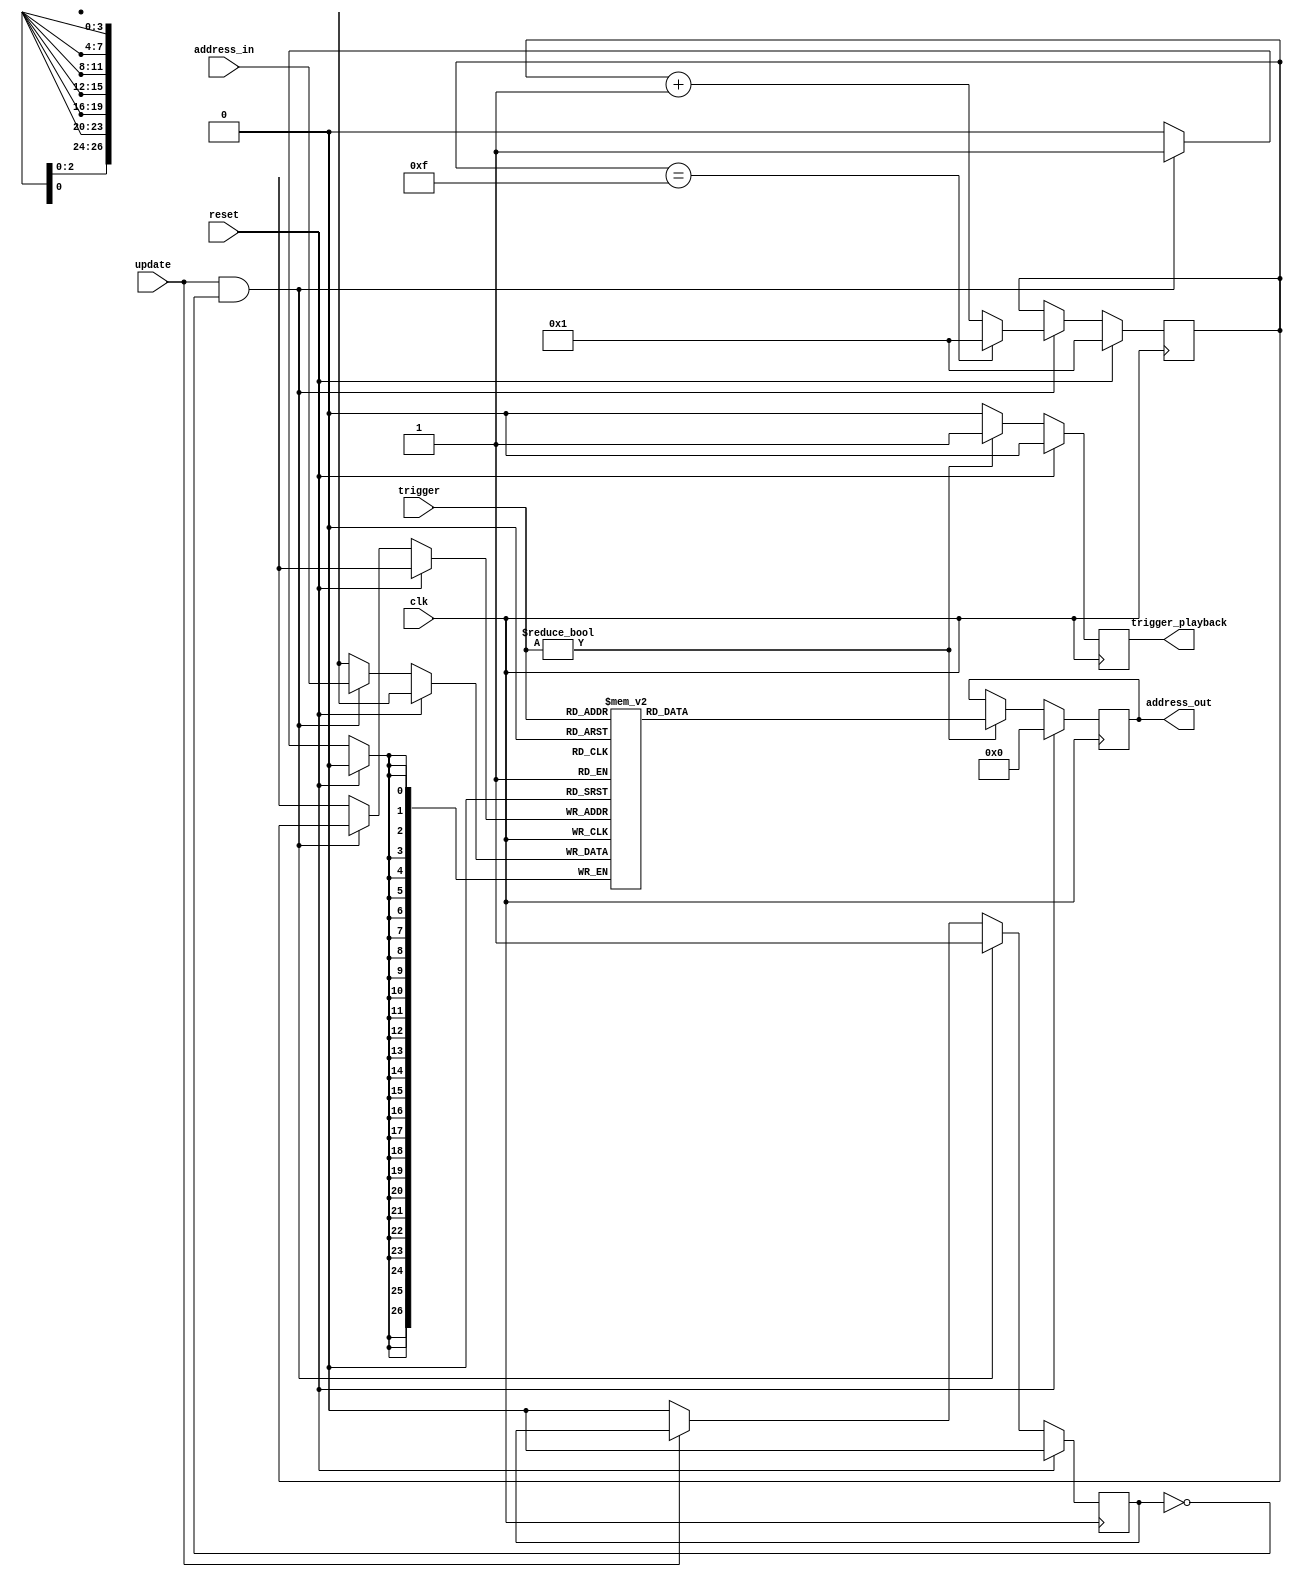
`timescale 1ns / 1ps
`default_nettype none
//////////////////////////////////////////////////////////////////////////////////
// Company: 6.111
// 
// Design Name: 
// Module Name: samplectl
// Project Name: 
// Target Devices: 
// Tool Versions: 
// Description: Translate sample triggers from sequencer into addresses to be
//              sent to the playback module. Also associates addresses from
//              storagectl with trigger inputs. 
//
// 
// Dependencies: 
// 
// Revision:
// Revision 0.01 - File Created
// Additional Comments:
// 
//////////////////////////////////////////////////////////////////////////////////

module samplectl(
    input wire [3:0] trigger, //0 corresponds to silence, 1-15 corresponds to loaded samples
    input wire update, //trigger when new sample is loaded
    input wire [26:0] address_in, //start address of new sample 
    output reg [26:0] address_out, //start address of playback requeset
    output reg trigger_playback, //trigger when sending playback request
    input wire clk,
    input wire reset
    );
    
    initial address_out = 27'd0;
    initial trigger_playback = 0;
    
    reg [3:0] i = 4'd1;
        
    reg [26:0] s_ptr [15:1];
        
    //initialize bram to 0
    integer k;
    initial 
      for(k = 1; k < 16; k = k+1) 
        s_ptr[k] = 26'd0;
    
    reg already_updated = 0;
    
    always @(posedge clk) begin
        if (reset) begin
            address_out <= 27'd0;
            trigger_playback <= 0;
            i <= 4'd1;
            already_updated <= 0;
        end
        else begin
        
            //replace sample pointers when update asserted
            if (update && !already_updated) begin
                s_ptr[i] <= address_in;
                i <= (i == 4'd15) ? 1 : i + 1;
                already_updated <= 1;
            end
            else if (!update) already_updated <= 0;
        
            //process triggers
            if (trigger != 0) begin
                trigger_playback <= 1;
                address_out <= s_ptr[trigger];
            end
            else begin
                trigger_playback <= 0;
            end
        end
    end
    
endmodule
`default_nettype wire